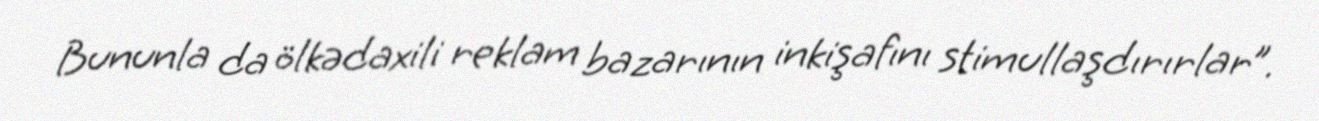
Bununla da ölkədaxili reklam bazarının inkişafını stimullaşdırırlar”.